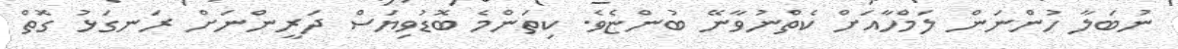
ނުބަލާ ހުންނަން ލަމްހާއަށް ކެތްނުވާނޭ ބުންޏެވެ. ކިތަންމެ ބޮޑުވިޔަސް ދަރީންނަށް ރަނގަޅު ގޮތް